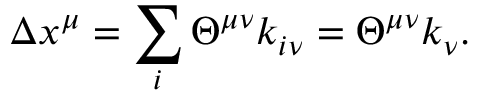
\Delta x ^ { \mu } = \sum _ { i } \Theta ^ { \mu \nu } k _ { i \nu } = \Theta ^ { \mu \nu } k _ { \nu } .